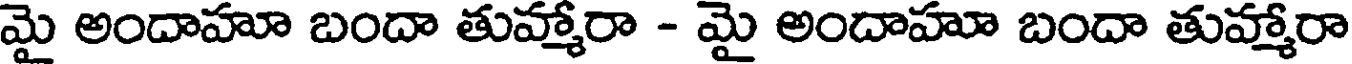
మై అందాహూ బందా తుహ్మారా - మై అందాహూ బందా తుహ్మారా